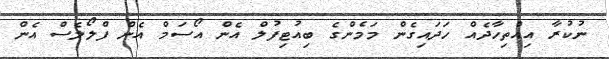
ނުކުރާ އިއްތިހާދެއް ހަދައިގެން މަމެންގެ ބިއުޓިފުލް އެން އޯސަމް އެން ފްލޯލެސް އެން